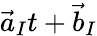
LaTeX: \vec{a}_{I}t+\vec{b}_{I}